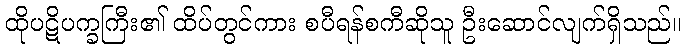
ထိုပဋိပက္ခကြီး၏ ထိပ်တွင်ကား စပီရန်စကီဆိုသူ ဦးဆောင်လျက်ရှိသည်။